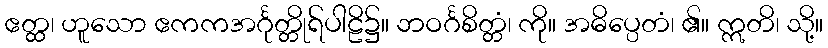
ဧတ္ထ၊ ဟူသော ဧကကအင်္ဂုတ္တိုရ်ပါဠိ၌။ ဘဝင်္ဂစိတ္တံ၊ ကို။ အဓိပ္ပေတံ၊ ၏။ ဣတိ၊ သို့။